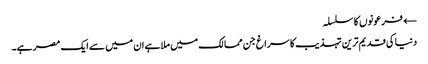
← فرعونوں کا سلسلہ
دنیا کی قدیم ترین تہذیب کا سراغ جن ممالک میں ملا ہے ان میں سے ایک مصر ہے۔